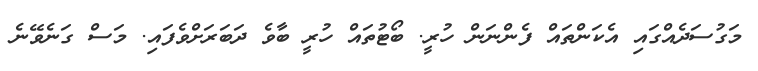
މަގުސަދެއްގައި އެކަންތައް ފެންނަން ހުރީ. ބޯޓުތައް ހުރީ ބާވެ ދަބަރަށްވެފައި. މަސް ގަނެވޭނެ